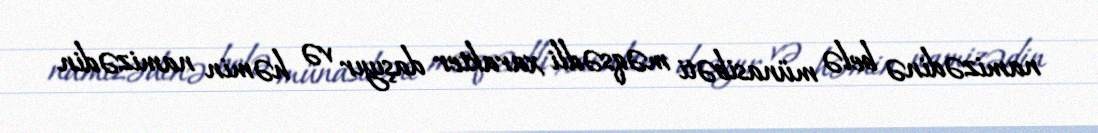
namizədinə belə münasibəti məqsədli xarakter daşıyır və həmin namizədin